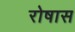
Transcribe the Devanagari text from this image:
रोषास